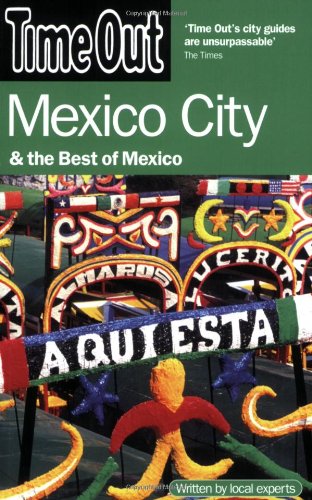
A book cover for Time Out Mexico City: And the Best of Mexico (Time Out Guides); Editors of Time Out; Travel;